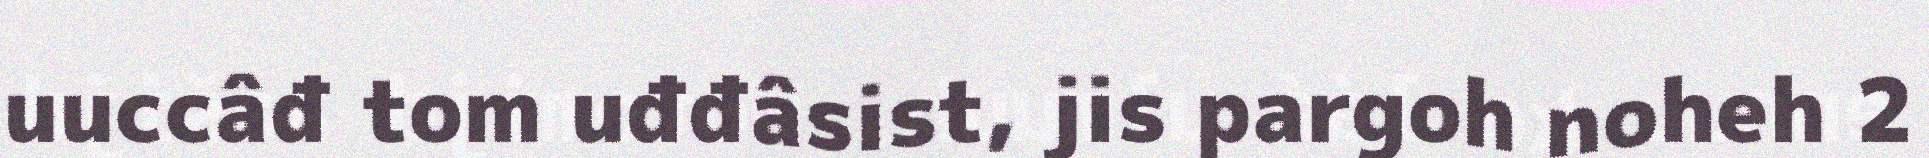
uuccâđ tom uđđâsist, jis pargoh noheh 2